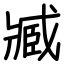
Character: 臧